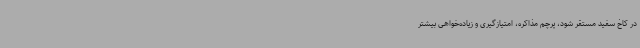
در کاخ سفید مستقر شود، پرچم مذاکره، امتیازگیری و زیاده‌خواهی بیشتر